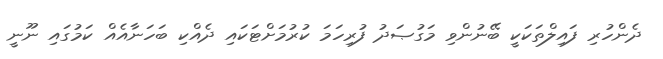
ދެންހުރި ފައިލްތަކަކީ ބޭނުންވި މަގުޞަދު ފުރިހަމަ ކުރުމަށްޓަކައި ދެއްކި ބަހަނާއެއް ކަމުގައި ނޫނީ